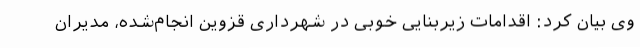
وی بیان کرد: اقدامات زیربنایی خوبی در شهرداری قزوین انجام‌شده، مدیران